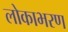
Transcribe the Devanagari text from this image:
लोकाभरण